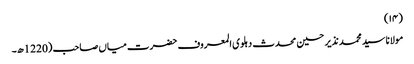
(۱۴)
مولانا سید محمد نذیر حسین محدث دہلوی المعروف حضرت میاں صاحب (1220ھ۔